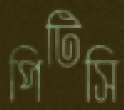
পিটিসি